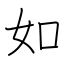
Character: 如